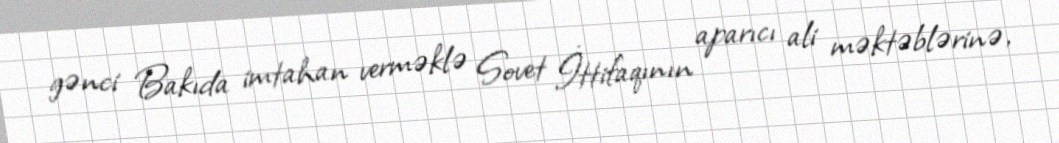
gənci Bakıda imtahan verməklə Sovet İttifaqının aparıcı ali məktəblərinə,